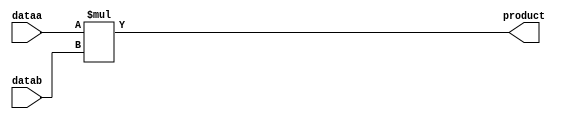
module mult4x4(
  input [3:0] dataa,
  input [3:0] datab,
  output [7:0] product
);

  assign product = dataa * datab;

endmodule

// testbench
module Multiplier4BitTestBench;
 
  reg [3:0] dataa;
  reg [3:0] datab;
  
  
  wire [7:0] product;
  
  mult4x4 dut(
    .dataa(dataa),
    .datab(datab),
    .product(product)
  );
  
  initial begin
 #10
dataa = 5;
datab = 3;
 #10   
dataa = 8;
datab = 2;
 #10
dataa = 6;
datab = 4;
    
  end

endmodule